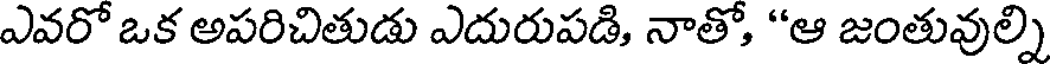
ఎవరో ఒక అపరిచితుడు ఎదురుపడి, నాతో, "ఆ జంతువుల్ని